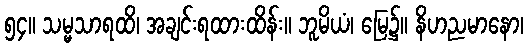
၅၄။ သမ္မသာရထိ၊ အချင်းရထားထိန်း။ ဘူမိယံ၊ မြေ၌။ နိဟညမာနော၊